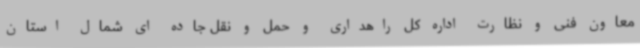
معاون فنی و نظارت اداره کل راهداری و حمل و نقل جاده ای شمال استان